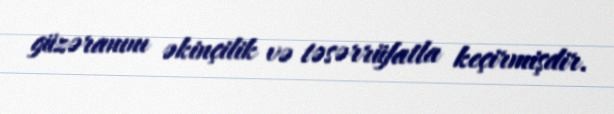
güzəranını əkinçilik və təsərrüfatla keçirmişdir.